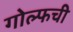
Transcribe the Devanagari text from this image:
गोल्फची